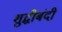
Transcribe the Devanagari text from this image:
शुद्धीबंदी